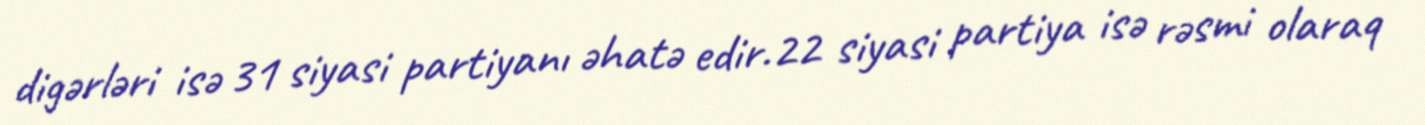
digərləri isə 31 siyasi partiyanı əhatə edir.22 siyasi partiya isə rəsmi olaraq